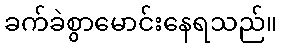
ခက်ခဲစွာမောင်းနေရသည်။